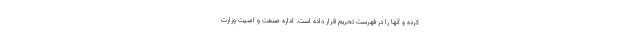
کرده و آنها را در فهرست تحریم قرار داده است. اداره صنعت و امنیت وزارت